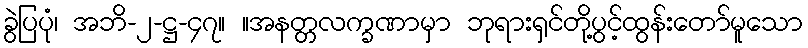
ခွဲပြပုံ၊ အဘိ-၂-ဋ္ဌ-၄၇။ ။အနတ္တလက္ခဏာမှာ ဘုရားရှင်တို့ပွင့်ထွန်းတော်မူသော